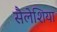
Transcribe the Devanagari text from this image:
सैलेशिया